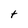
Character: t